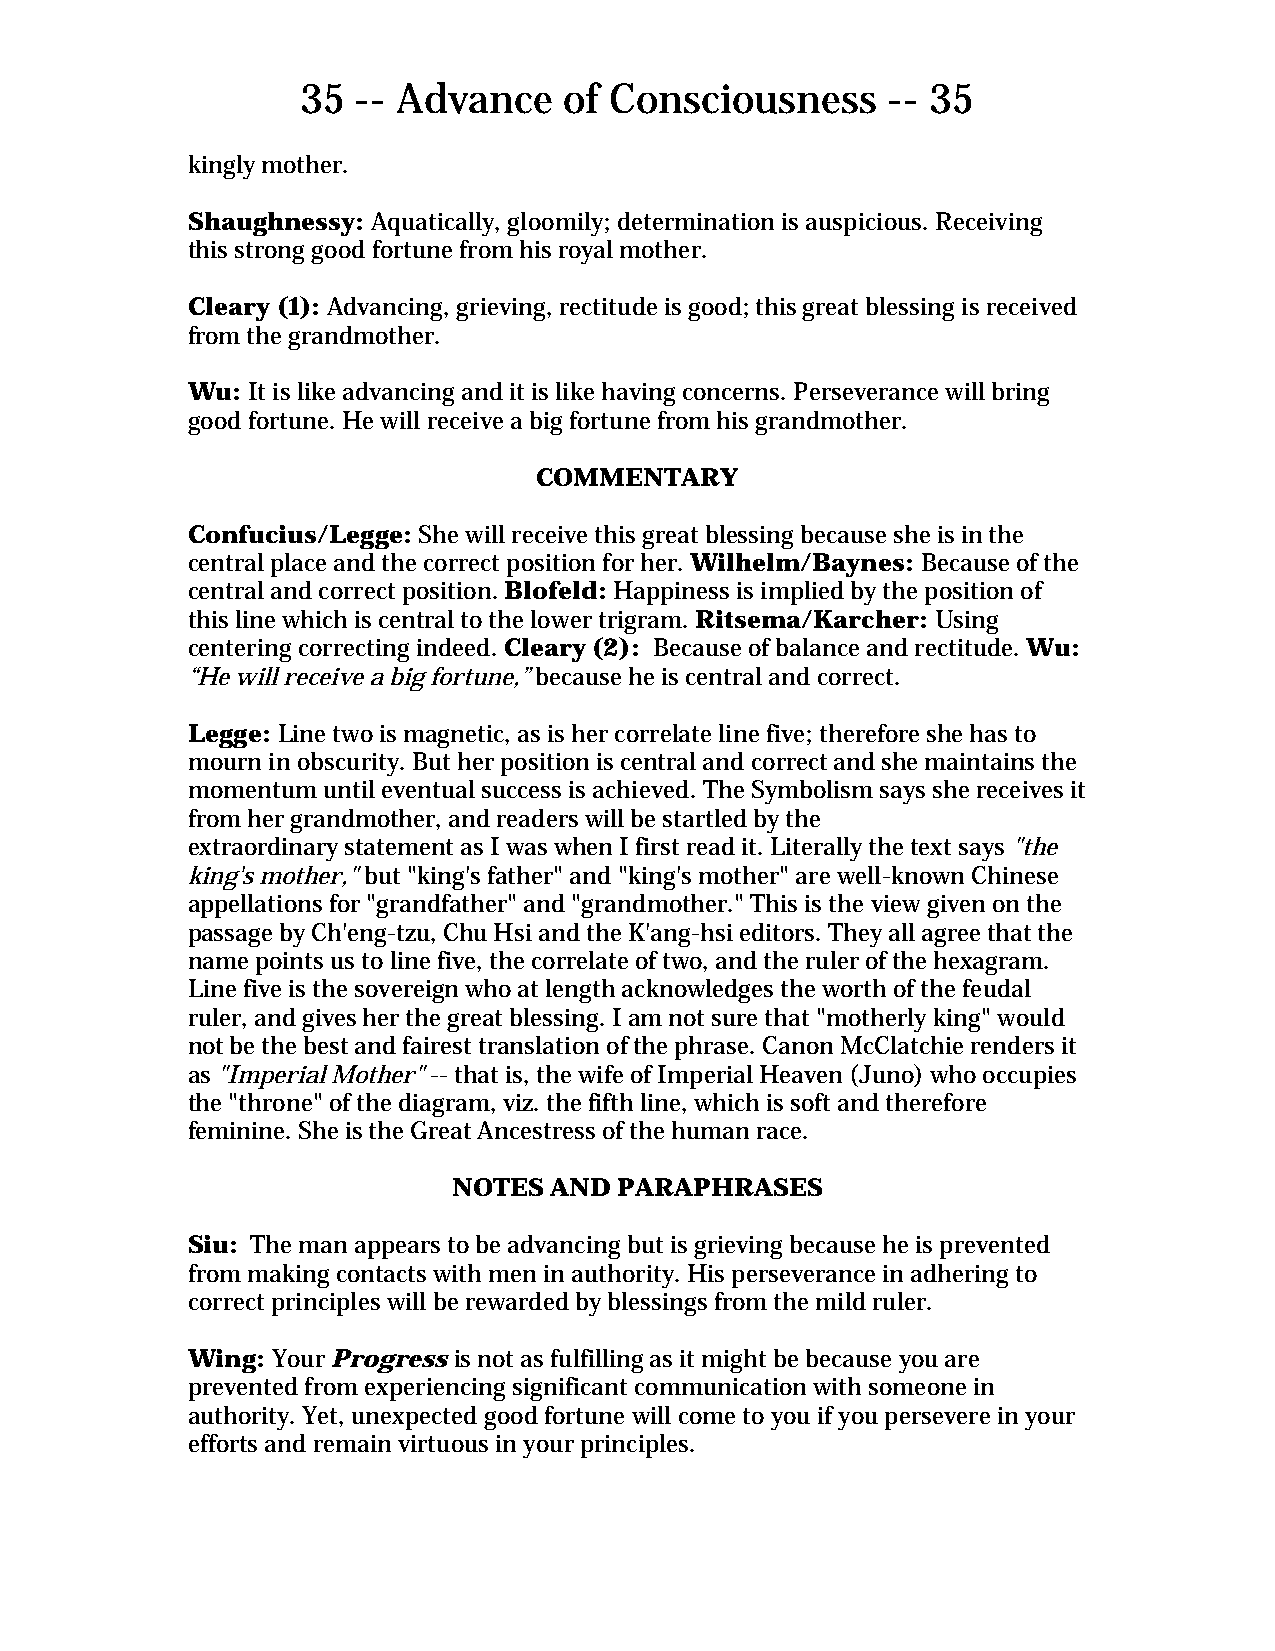
35  -- Advance   of Consciousness      -- 35
 kingly mother.
 Shaughnessy: Aquatically, gloomily; determination is auspicious. Receiving
 this strong good fortune from his royal mother.
 Cleary (1): Advancing, grieving, rectitude is good; this great blessing is received
 from the grandmother.
 Wu: It is like advancing and it is like having concerns. Perseverance will bring
 good fortune. He will receive a big fortune from his grandmother.
 COMMENTARY
 Confucius/Legge: She will receive this great blessing because she is in the
 central place and the correct position for her. Wilhelm/Baynes: Because of the
 central and correct position. Blofeld: Happiness is implied by the position of
 this line which is central to the lower trigram. Ritsema/Karcher: Using
 centering correcting indeed. Cleary (2): Because of balance and rectitude. Wu:
 “He will receive a big fortune,” because he is central and correct.
 Legge: Line two is magnetic, as is her correlate line five; therefore she has to
 mourn in obscurity. But her position is central and correct and she maintains the
 momentum until eventual success is achieved. The Symbolism says she receives it
 from her grandmother, and readers will be startled by the
 extraordinary statement as I was when I first read it. Literally the text says "the
 king's mother," but "king's father" and "king's mother" are well-known Chinese
 appellations for "grandfather" and "grandmother." This is the view given on the
 passage by Ch'eng-tzu, Chu Hsi and the K'ang-hsi editors. They all agree that the
 name points us to line five, the correlate of two, and the ruler of the hexagram.
 Line five is the sovereign who at length acknowledges the worth of the feudal
 ruler, and gives her the great blessing. I am not sure that "motherly king" would
 not be the best and fairest translation of the phrase. Canon McClatchie renders it
 as "Imperial Mother" -- that is, the wife of Imperial Heaven (Juno) who occupies
 the "throne" of the diagram, viz. the fifth line, which is soft and therefore
 feminine. She is the Great Ancestress of the human race.
 NOTES AND  PARAPHRASES
 Siu: The man appears to be advancing but is grieving because he is prevented
 from making contacts with men in authority. His perseverance in adhering to
 correct principles will be rewarded by blessings from the mild ruler.
 Wing: Your Progress is not as fulfilling as it might be because you are
 prevented from experiencing significant communication with someone in
 authority. Yet, unexpected good fortune will come to you if you persevere in your
 efforts and remain virtuous in your principles.